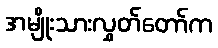
အမျိုးသားလွှတ်တော်က